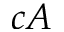
c A